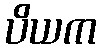
ပိယက